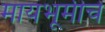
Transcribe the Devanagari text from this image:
मायभूमीचे